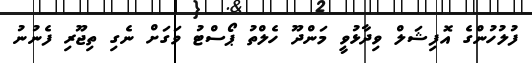
ފުލުހުންގެ އޮފިޝަލް ވިދާޅުވީ މަންދޫ ހެލްތު ޕޯސްޓު ވަގަށް ނެގި ތިޖޫރި ފެނުނު